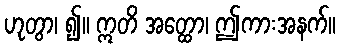
ဟုတွာ၊ ၍။ ဣတိ အတ္ထော၊ ဤကားအနက်။